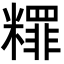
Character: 䊫